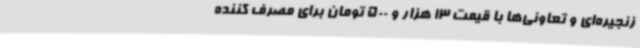
زنجیره‌ای و تعاونی‌ها با قیمت 13 هزار و 500 تومان برای مصرف کننده